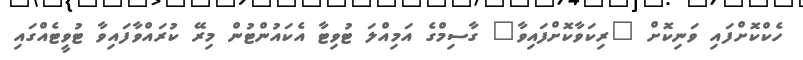
ހެކްކޮށްފައި ވަނިކޮށް "ރިކަވާކޮށްފައިވާ" ގާސިމްގެ އަމިއްލަ ޓުވިޓާ އެކައުންޓުން މިރޭ ކުރައްވާފައިވާ ޓުވީޓެއްގައި